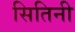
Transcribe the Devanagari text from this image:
सितिनी